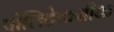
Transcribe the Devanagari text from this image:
पॉलिटेकनीक